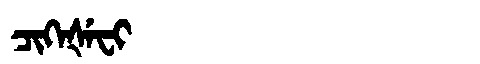
Manchu: ᠴᡳᡴᡝᡧᡝᠸᡳ
Romanization: CIKEŠEFI